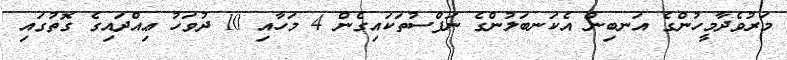
މަރުވެދާމީހުންގެ އަނބިން އެކަނބަލުންގެ ނަފްސުތަކައިގެން 4 މަހާއި 10 ދުވަހު ޢިއްދައިގެ ގޮތުގައި